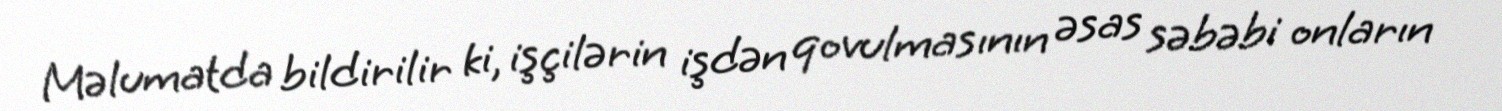
Məlumatda bildirilir ki, işçilərin işdən qovulmasının əsas səbəbi onların